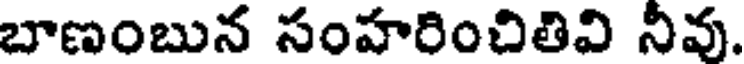
బాణంబున సంహరించితివి నీవు.